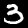
Label: 3